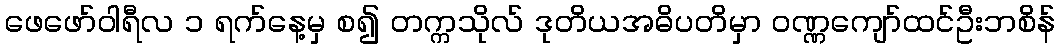
ဖေဖော်ဝါရီလ ၁ ရက်နေ့မှ စ၍ တက္ကသိုလ် ဒုတိယအဓိပတိမှာ ဝဏ္ဏကျော်ထင်ဦးဘစိန်